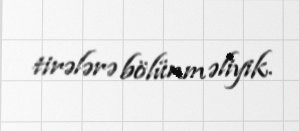
tirələrə bölünməliyik.